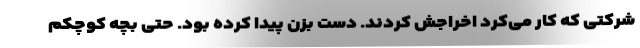
شرکتی که کار می‌کرد اخراجش کردند. دست بزن پیدا کرده بود. حتی بچه کوچکم